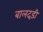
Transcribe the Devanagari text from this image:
बालदड़ी